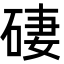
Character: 䃀